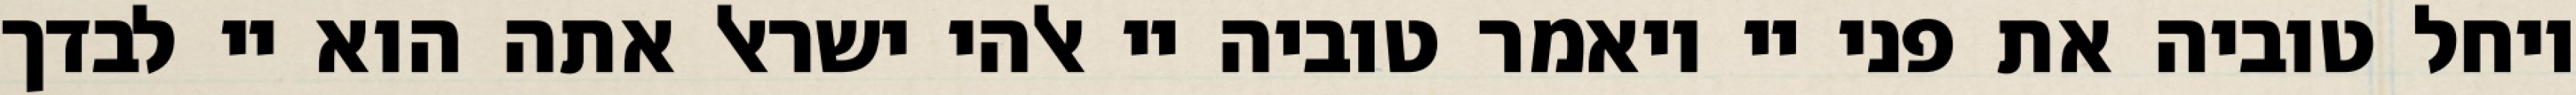
ויחל טוביה את פני יי ויאמר טוביה יי אלהי ישראל אתה הוא יי לבדך